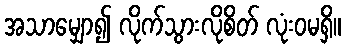
အသာမျှော၍ လိုက်သွားလိုစိတ် လုံးဝမရှိ။